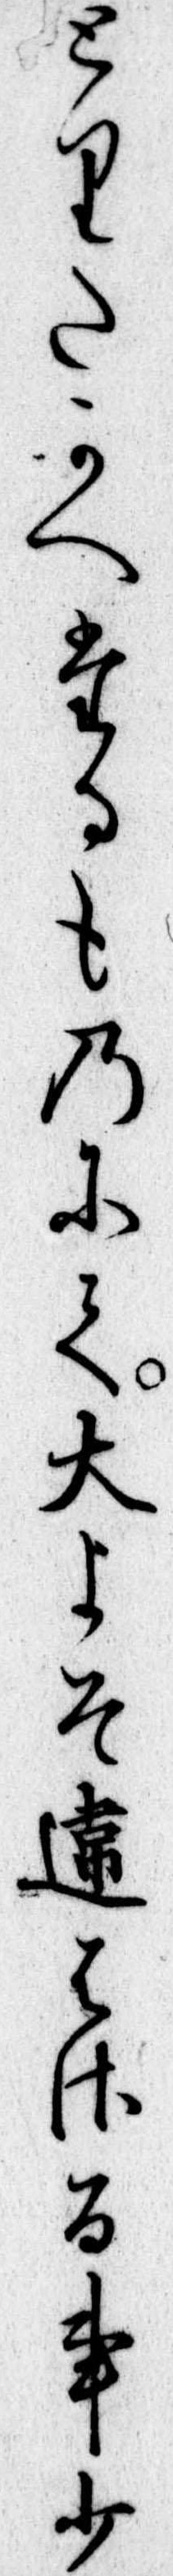
とりたかへたるものにて大よそ違はさる事少